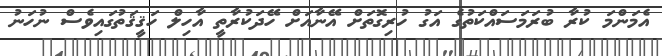
އެމަންމަ ކުރާ ބުރަމަސައްކަތުގެ އަގު ހުރިގޮތަށް އޭނާއަށް ހޭދަކުރާތީ އާހިލް ހަޤީޤަތުގައިވެސް ނުހަނު